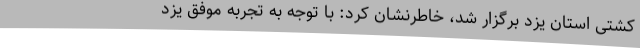
کشتی استان یزد برگزار شد، خاطرنشان کرد: با توجه به تجربه موفق یزد